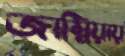
জাম্বিয়ায়